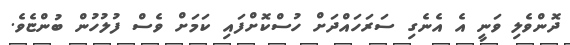
ދޮންވެލި ވަނީ އެ އެނެގި ސަރަހައްދަށް ހުސްކޮށްފައި ކަމަށް ވެސް ފުލުހުން ބުންޏެވެ.